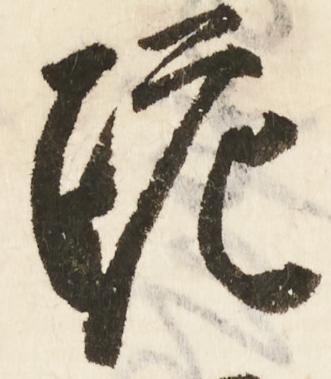
跪